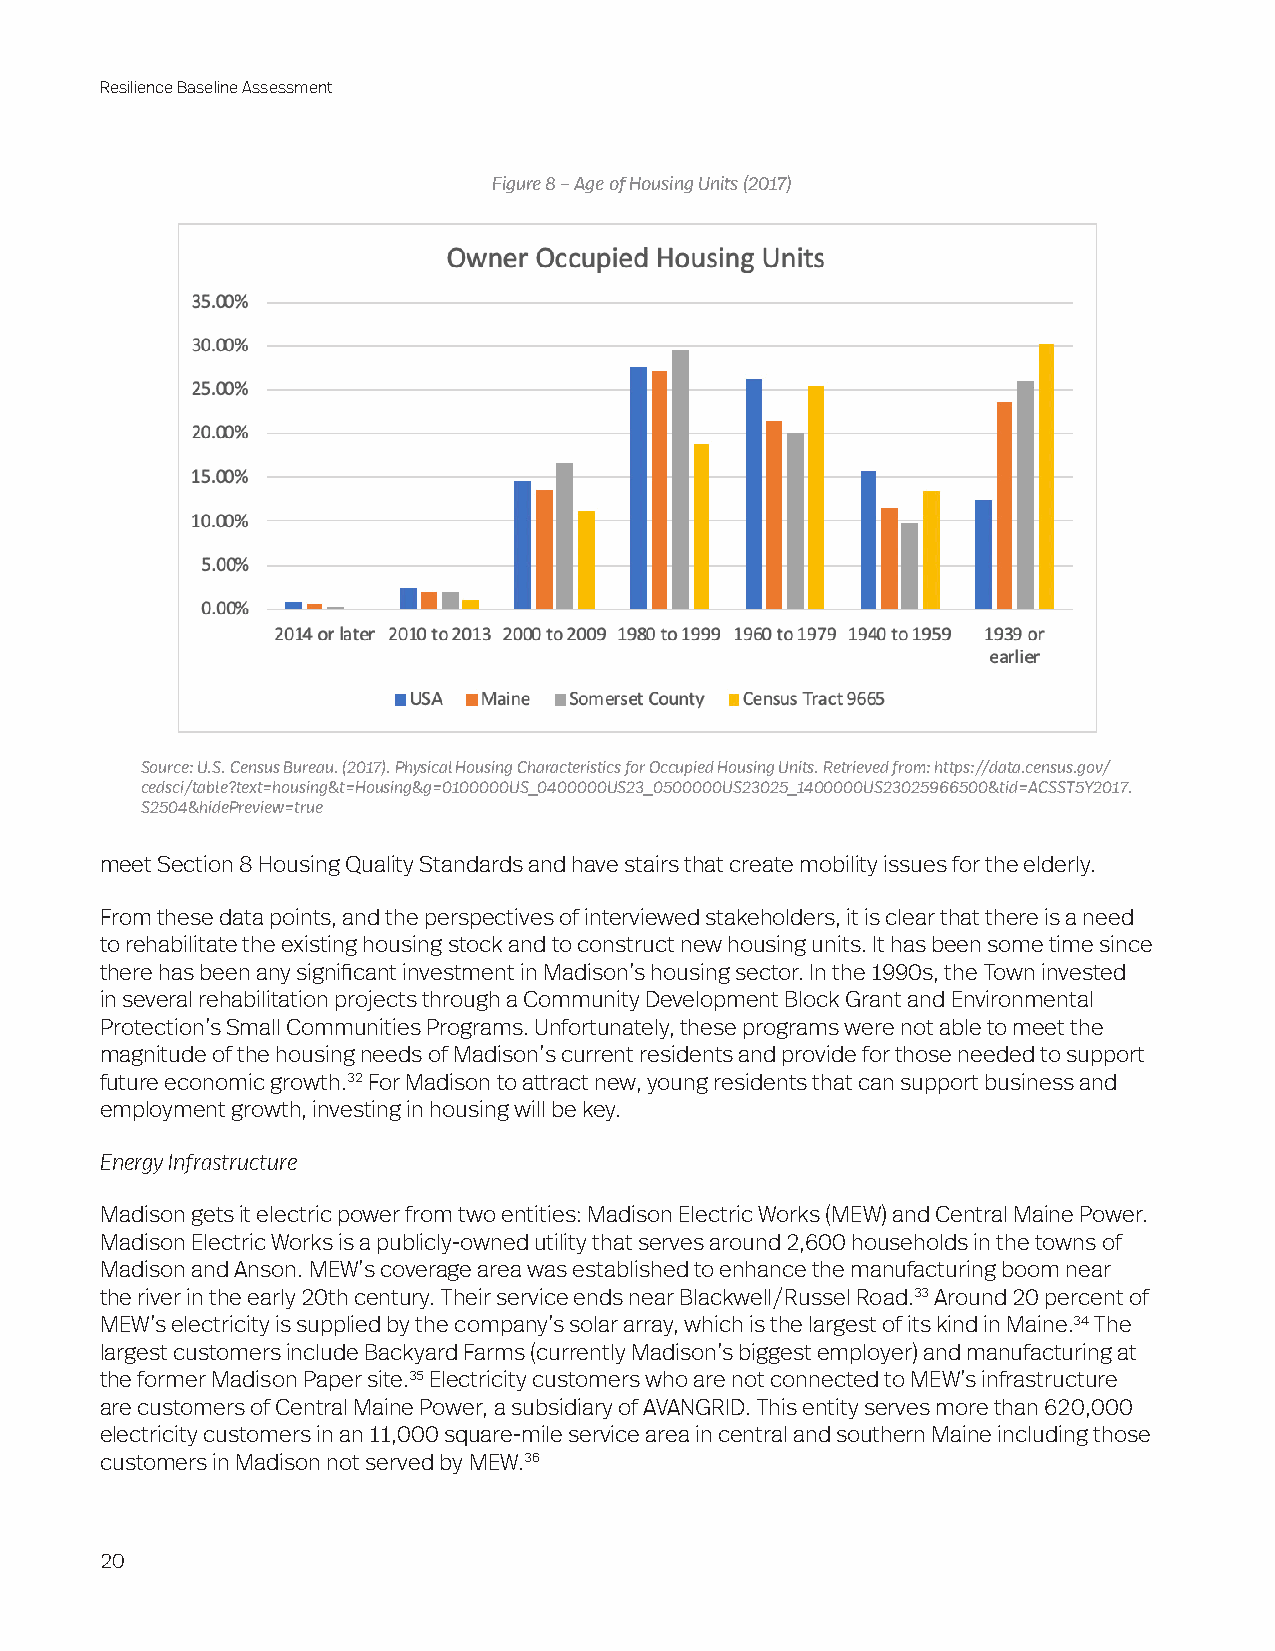
Resilience Baseline Assessment
 Figure 8 – Age of Housing Units (2017)
 Source: U.S. Census Bureau. (2017). Physical Housing Characteristics for Occupied Housing Units. Retrieved from: https://data.census.gov/
 cedsci/table?text=housing&t=Housing&g=0100000US_0400000US23_0500000US23025_1400000US23025966500&tid=ACSST5Y2017.
 S2504&hidePreview=true
 meet Section 8 Housing Quality Standards and have stairs that create mobility issues for the elderly.
 From these data points, and the perspectives of interviewed stakeholders, it is clear that there is a need
 to rehabilitate the existing housing stock and to construct new housing units. It has been some time since
 there has been any significant investment in Madison’s housing sector. In the 1990s, the Town invested
 in several rehabilitation projects through a Community Development Block Grant and Environmental
 Protection’s Small Communities Programs. Unfortunately, these programs were not able to meet the
 magnitude of the housing needs of Madison’s current residents and provide for those needed to support
 future economic growth.32 For Madison to attract new, young residents that can support business and
 employment growth, investing in housing will be key.
 Energy Infrastructure
 Madison gets it electric power from two entities: Madison Electric Works (MEW) and Central Maine Power.
 Madison Electric Works is a publicly-owned utility that serves around 2,600 households in the towns of
 Madison and Anson. MEW’s coverage area was established to enhance the manufacturing boom near
 the river in the early 20th century. Their service ends near Blackwell/Russel Road.33 Around 20 percent of
 MEW’s electricity is supplied by the company’s solar array, which is the largest of its kind in Maine.34 The
 largest customers include Backyard Farms (currently Madison’s biggest employer) and manufacturing at
 the former Madison Paper site.35 Electricity customers who are not connected to MEW’s infrastructure
 are customers of Central Maine Power, a subsidiary of AVANGRID. This entity serves more than 620,000
 electricity customers in an 11,000 square-mile service area in central and southern Maine including those
 customers in Madison not served by MEW.36
 20